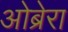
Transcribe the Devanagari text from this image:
ओब्रेरा